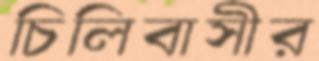
চিলিবাসীর